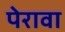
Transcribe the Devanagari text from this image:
पेरावा